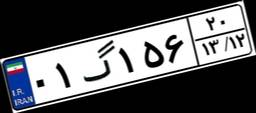
۰۱گ۱۵۶۲۰